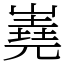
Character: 嶤